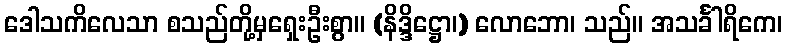
ဒေါသကိလေသာ စသည်တို့မှရှေးဦးစွာ။ (နိဒ္ဒိဋ္ဌော၊) လောဘော၊ သည်။ အသင်္ခါရိကေ၊